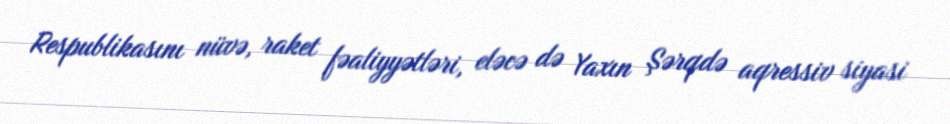
Respublikasını nüvə, raket fəaliyyətləri, eləcə də Yaxın Şərqdə aqressiv siyasi